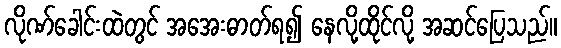
လိုဏ်ခေါင်းထဲတွင် အအေးဓာတ်ရ၍ နေလို့ထိုင်လို့ အဆင်ပြေသည်။